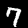
Label: 7